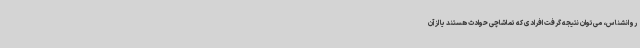
روانشناس، می‌توان نتیجه گرفت افرادی که تماشاچی حوادث هستند یا از آن